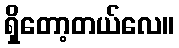
ရှိတော့တယ်လေ။